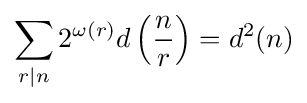
\sum _{r\mid n}2^{\omega (r)}d\left({\frac {n}{r}}\right)=d^{2}(n)